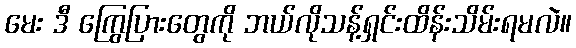
မေး ဒီ ကြွေပြားတွေကို ဘယ်လိုသန့်ရှင်းထိန်းသိမ်းရမလဲ။